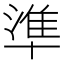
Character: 準